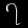
Digit: ၇